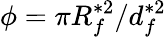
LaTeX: \phi=\pi R_{f}^{\ast 2}/d_{f}^{\ast 2}